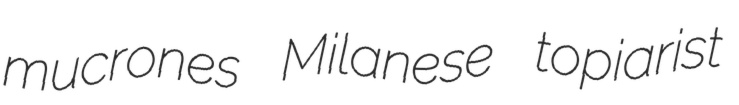
mucrones Milanese topiarist